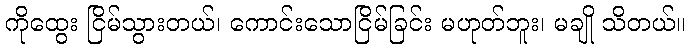
ကိုထွေး ငြိမ်သွားတယ်၊ ကောင်းသောငြိမ်ခြင်း မဟုတ်ဘူး၊ မချို သိတယ်။